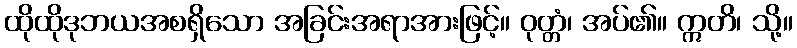
ထိုထိုဒုဘယအစရှိသော အခြင်းအရာအားဖြင့်။ ဝုတ္တံ၊ အပ်၏။ ဣတိ၊ သို့။